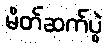
မိတ်ဆက်ပွဲ